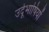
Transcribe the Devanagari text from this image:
उर्दूभाषियों